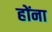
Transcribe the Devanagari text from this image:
होंना